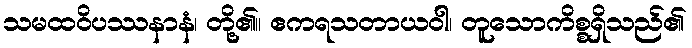
သမထဝိပဿနာနံ၊ တို့၏။ ဧကရသတာယဝါ၊ တူသောကိစ္စရှိသည်၏